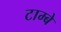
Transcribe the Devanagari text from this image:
टाम्बे